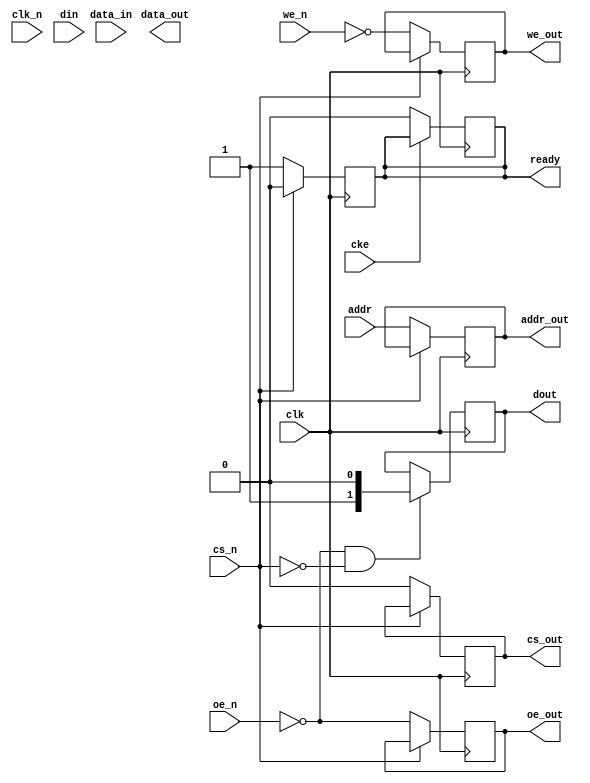
module ddr3_io_block #(
    parameter DATA_WIDTH = 32, // Data bus width (8, 16, or 32 bits)
    parameter ADDR_WIDTH = 15   // Address width (depends on memory size)
)(
    input wire clk,             // Clock input
    input wire clk_n,           // Inverted clock input
    input wire cke,             // Clock enable
    input wire [ADDR_WIDTH-1:0] addr, // Address bus
    input wire [DATA_WIDTH-1:0] din,   // Data input
    output reg [DATA_WIDTH-1:0] dout,   // Data output
    input wire we_n,            // Write enable (active low)
    input wire cs_n,            // Chip select (active low)
    input wire oe_n,            // Output enable (active low)
    output reg ready,           // Ready signal
    output reg [DATA_WIDTH-1:0] data_out, // Data output to DDR3
    input wire [DATA_WIDTH-1:0] data_in,  // Data input from DDR3
    output reg [ADDR_WIDTH-1:0] addr_out, // Address output to DDR3
    output reg we_out,          // Write enable output to DDR3
    output reg cs_out,          // Chip select output to DDR3
    output reg oe_out           // Output enable output to DDR3
);

// Internal signals
reg [DATA_WIDTH-1:0] fifo_in; // FIFO input
reg [DATA_WIDTH-1:0] fifo_out; // FIFO output
reg fifo_full, fifo_empty; // FIFO status flags

// FIFO implementation (simplified)
always @(posedge clk) begin
    if (!we_n && !cs_n) begin // Write operation
        fifo_in <= din;
        fifo_full <= 1'b1; // Set full flag
    end
    if (!oe_n && !cs_n) begin // Read operation
        dout <= fifo_out;
        fifo_empty <= 1'b0; // Clear empty flag
    end
end

// Timing control logic (simplified)
always @(posedge clk) begin
    if (!cs_n) begin
        addr_out <= addr; // Latch address
        we_out <= !we_n;  // Active low write enable
        cs_out <= 1'b0;   // Active low chip select
        oe_out <= !oe_n;  // Active low output enable
        ready <= 1'b1;    // Indicate ready state
    end else begin
        ready <= 1'b0;    // Not ready when chip is not selected
    end
end

// Power management logic (simplified)
always @(posedge clk) begin
    if (!cke) begin
        // Power down logic
        ready <= 1'b0;
    end
end

// Data integrity features (simplified)
always @(posedge clk) begin
    if (!we_n && !cs_n) begin
        // Data masking example (not implemented)
        // Implement EDC or parity checking as needed
    end
end

endmodule